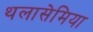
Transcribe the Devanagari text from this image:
थलासेमिया